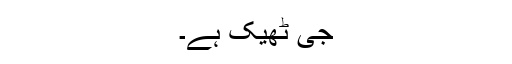
جی ٹھیک ہے۔